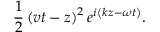
\frac { 1 } { 2 } \left( v t - z \right) ^ { 2 } e ^ { i \left( k z - \omega t \right) } .